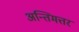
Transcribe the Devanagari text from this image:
अन्तिमत्तर